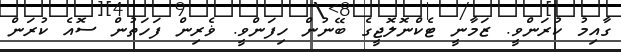
ގާއިމު ކުރަންވީ. ޒަމާނީ ޓެކްނޮލޮޖީގެ ބޭނުން ހިފަންވީ. ޥެރިން ފަހަތުން ސޮއެ ކުރަން